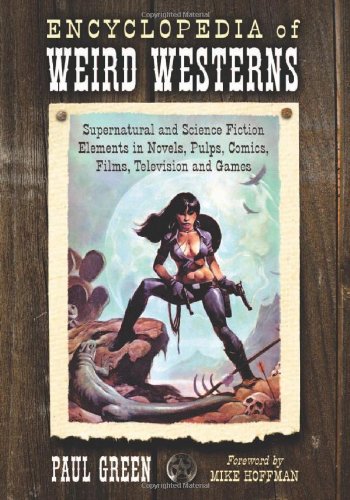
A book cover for Encyclopedia of Weird Westerns: Supernatural and Science Fiction Elements in Novels, Pulps, Comics, Films, Television and Games; Paul Green; Reference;